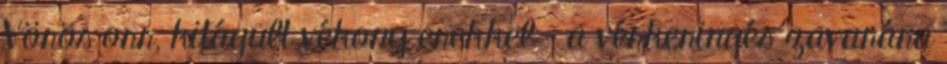
Vörös orr, kitágult vékony erekkel – a vérkeringés zavarára